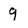
Character: 9